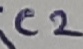
Text: C2